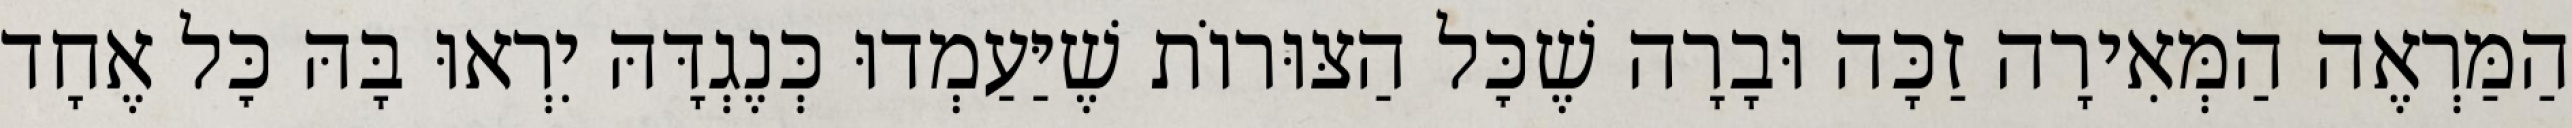
הַמַּרְאֶה הַמְּאִירָה זַכָּה וּבָרָה שֶׁכׇּל הַצּוּרוֹת שֶׁיַּעַמְדוּ כְּנֶגְדָּהּ יִרְאוּ בָּהּ כׇּל אֶחָד